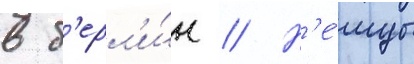
в б'ерл'и́н // Н'е́мцы